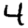
Digit: 4